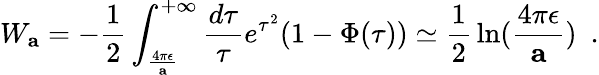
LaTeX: W_{\mathbf a}=-{\frac{1}{2}}\int_{\frac{4\pi\epsilon}{\mathbf a}}^{+\infty}{\frac{d\tau}{\tau}}e^{\tau^{2}}(1-\Phi(\tau))\simeq{\frac{1}{2}}\ln({\frac{4\pi\epsilon}{\mathbf a}})~~.